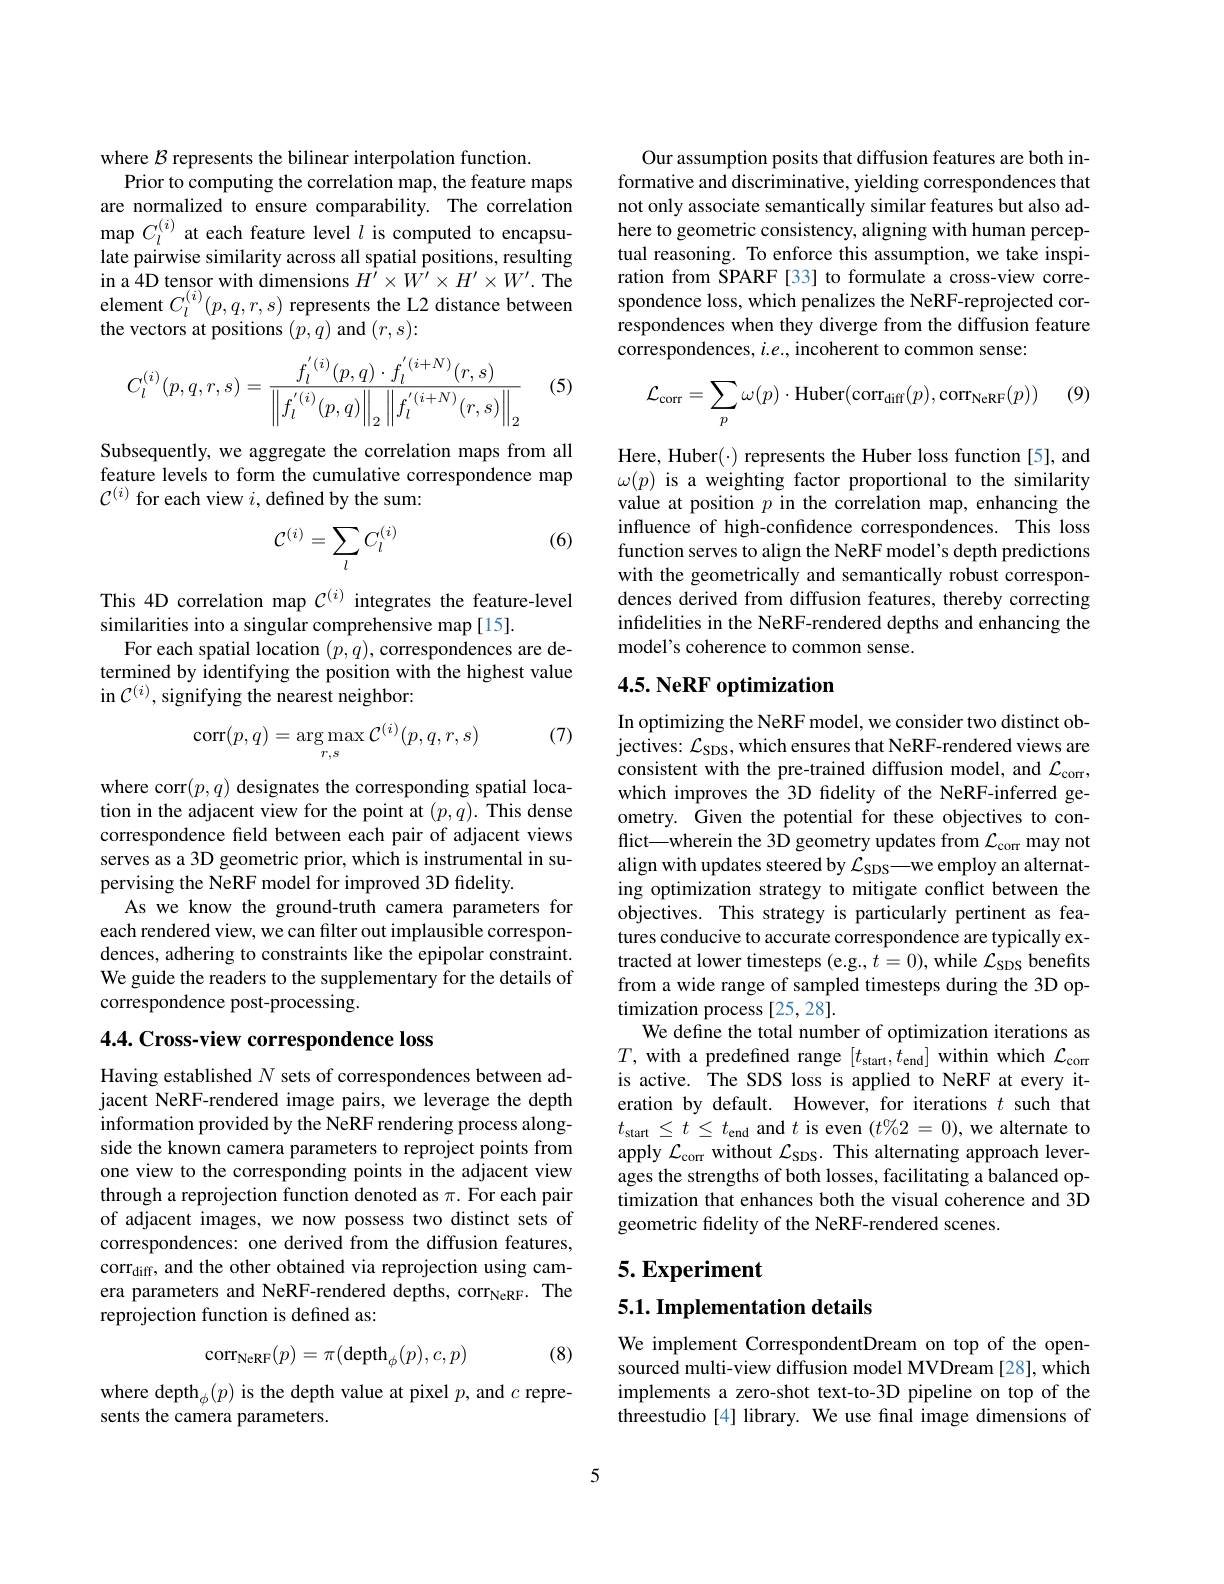
where $\mathcal B$ represents the bilinear interpolation function.
Prior to computing the correlation map, the feature maps are normalized to ensure comparability. The correlation map $C_l^{(i)}$ at each feature level $l$ is computed to encapsulate pairwise similarity across all spatial positions, resulting in a 4D tensor with dimensions $H^{\prime}\times W^{\prime}\times H^{\prime}\times W^{\prime}.$ The element $C_l^{(i)}(p,q,r,s)$ represents the L2 distance between the vectors at positions $(p,q)$ and $(r,s):$

(5)
$$C_l^{(i)}(p,q,r,s)=\frac{f_l^{'(i)}(p,q)\cdot f_l^{'(i+N)}(r,s)}{\left\|f_l^{'(i)}(p,q)\right\|_2\left\|f_l^{'(i+N)}(r,s)\right\|_2}$$
Subsequently, we aggregate the correlation maps from all feature levels to form the cumulative correspondence map $\mathcal{C}^{(i)}$ for each view $i$,defined by the sum:

(6)
$$\mathcal{C}^{(i)}=\sum_{l}C_{l}^{(i)}$$
This 4D correlation map $\mathcal{C}^{(i)}$ integrates the feature-level
similarities into a singular comprehensive map[15].
For each spatial location $(p,q)$, correspondences are determined by identifying the position with the highest value in $\mathcal{C}^{(i)}$, signifying the nearest neighbor:

(7)
$$\operatorname{corr}(p,q)=\underset{r,s}{\arg\max}\mathcal{C}^{(i)}(p,q,r,s)$$
where corr$(p,q)$ designates the corresponding spatial location in the adjacent view for the point at $(p,q).$ This dense correspondence field between each pair of adjacent views serves as a 3D geometric prior, which is instrumental in supervising the NeRF model for improved 3D fidelity.
As we know the ground-truth camera parameters for each rendered view, we can filter out implausible correspondences, adhering to constraints like the epipolar constraint. We guide the readers to the supplementary for the details of correspondence post-processing.

4.4. Cross-view correspondence loss

Having established $N$ sets of correspondences between adjacent NeRF-rendered image pairs, we leverage the depth information provided by the NeRF rendering process alongside the known camera parameters to reproject points from one view to the corresponding points in the adjacent view through a reprojection function denoted as $\pi.$ For each pair of adjacent images, we now possess two distinct sets of correspondences: one derived from the diffusion features, corr$_\mathrm{diff}$, and the other obtained via reprojection using camera parameters and NeRF-rendered depths, corr$_\mathrm{NeRF.}$ The reprojection function is defined as:
$$\mathrm{corr}_{\mathrm{NeRF}}(p)=\pi(\mathrm{depth}_{\phi}(p),c,p)$$
(8)

where depth$_\phi(p)$ is the depth value at pixel $p$, and $c$ repre-
sents the camera parameters.

Our assumption posits that diffusion features are both informative and discriminative, yielding correspondences that not only associate semantically similar features but also adhere to geometric consistency, aligning with human perceptual reasoning. To enforce this assumption, we take inspiration from SPARF [33] to formulate a cross-view correspondence loss, which penalizes the NeRF-reprojected correspondences when they diverge from the diffusion feature correspondences, $i.e.$, incoherent to common sense:

(9)
$$\mathcal{L}_{\mathrm{corr}}=\sum_{p}\omega(p)\cdot\mathrm{Huber}(\mathrm{corr}_{\mathrm{diff}}(p),\mathrm{corr}_{\mathrm{NeRF}}(p))$$
Here, Huber(·) represents the Huber loss function [5], and $\omega(p)$ is a weighting factor proportional to the similarity value at position $p$ in the correlation map, enhancing the influence of high-confdence correspondences. This loss function serves to align the NeRF model's depth predictions with the geometrically and semantically robust correspondences derived from diffusion features, thereby correcting infidelities in the NeRF-rendered depths and enhancing the model's coherence to common sense.

## $4. 5. \textbf{NeRF optimization}$

In optimizing the NeRF model, we consider two distinct objectives: $\mathcal{L}_\mathrm{SDS}$, which ensures that NeRF-rendered views are consistent with the pre-trained diffusion model, and $\mathcal{L}_\mathrm{corr}$, which improves the 3D fidelity of the NeRF-inferred geometry. Given the potential for these objectives to conflict—wherein the 3D geometry updates from $\mathcal{L}_\mathrm{corr}$ may not align with updates steered by $\mathcal{L}_\mathrm{SDS}—$we employ an alternating optimization strategy to mitigate conflict between the objectives. This strategy is particularly pertinent as features conducive to accurate correspondence are typically extracted at lower timesteps (e.g., $t=0)$, while $\mathcal{L}_\mathrm{SDS}$ benefits from a wide range of sampled timesteps during the 3D optimization process [25,28].
We define the total number of optimization iterations as $T$, with a predefined range $[t_\mathrm{start},\hat{t}_\mathrm{end}]$ within which $\mathcal{L}_\mathrm{corr}$ is active. The SDS loss is applied to NeRF at every iteration by default. However, for iterations $t$ such that $t_{\mathrm{start~}}\leq t\leq t_{\mathrm{end~}}$ and $t$ is even $(t\%2=0)$, we alternate to apply $\mathcal{L}_\mathrm{corr}$ without $\mathcal{L}_\mathrm{SDS}.$ This alternating approach leverages the strengths of both losses, facilitating a balanced optimization that enhances both the visual coherence and 3D geometric fdelity of the NeRF-rendered scenes.

5. Experiment

## 5.1. Implementation details

We implement CorrespondentDream on top of the opensourced multi-view diffusion model MVDream [28], which implements a zero-shot text-to-3D pipeline on top of the threestudio [4] library. We use final image dimensions of

5